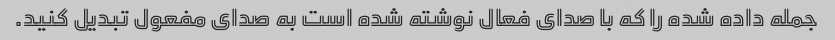
جمله داده شده را که با صدای فعال نوشته شده است به صدای مفعول تبدیل کنید.